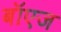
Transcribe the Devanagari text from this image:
बॉएज